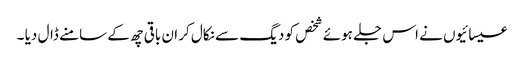
عیسائیوں نے اس جلے ہوئے شخص کو دیگ سے نکال کر ان باقی چھ کے سامنے ڈال دیا ۔